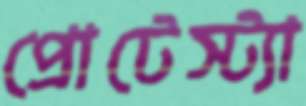
প্রোটেস্ট্যা